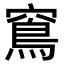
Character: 窵